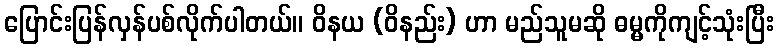
ပြောင်းပြန်လှန်ပစ်လိုက်ပါတယ်။ ဝိနယ (ဝိနည်း) ဟာ မည်သူမဆို ဓမ္မကိုကျင့်သုံးပြီး